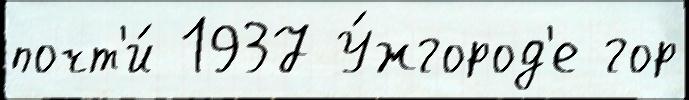
почт'и́ 1937 У́жгород'е гор